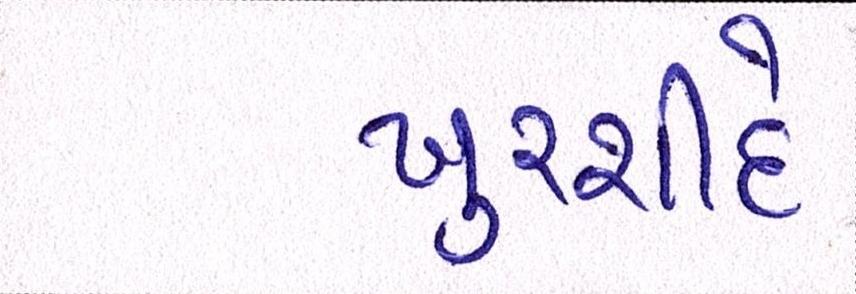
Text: ખુરશીદે